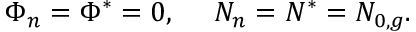
\Phi _ { n } = \Phi ^ { * } = 0 , \ \ \ \ N _ { n } = N ^ { * } = N _ { 0 , g } .